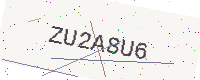
Text: ZU2A8U6